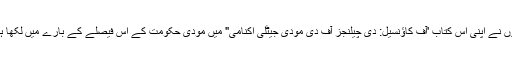
انہوں نے اپنی اس کتاب 'آف كاؤنسیل: دی چیلنجز آف دی مودی جیٹلی اکنامی" میں مودی حکومت کے اس فیصلے کے بارے میں لکھا ہے۔